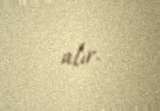
alır.